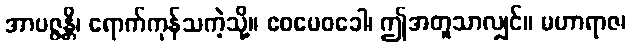
အာပဇ္ဇန္တိ၊ ရောက်ကုန်သကဲ့သို့။ ဧဝမေဝခေါ၊ ဤအတူသာလျှင်။ မဟာရာဇ၊